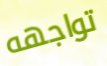
تواجهه